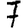
Digit: 7